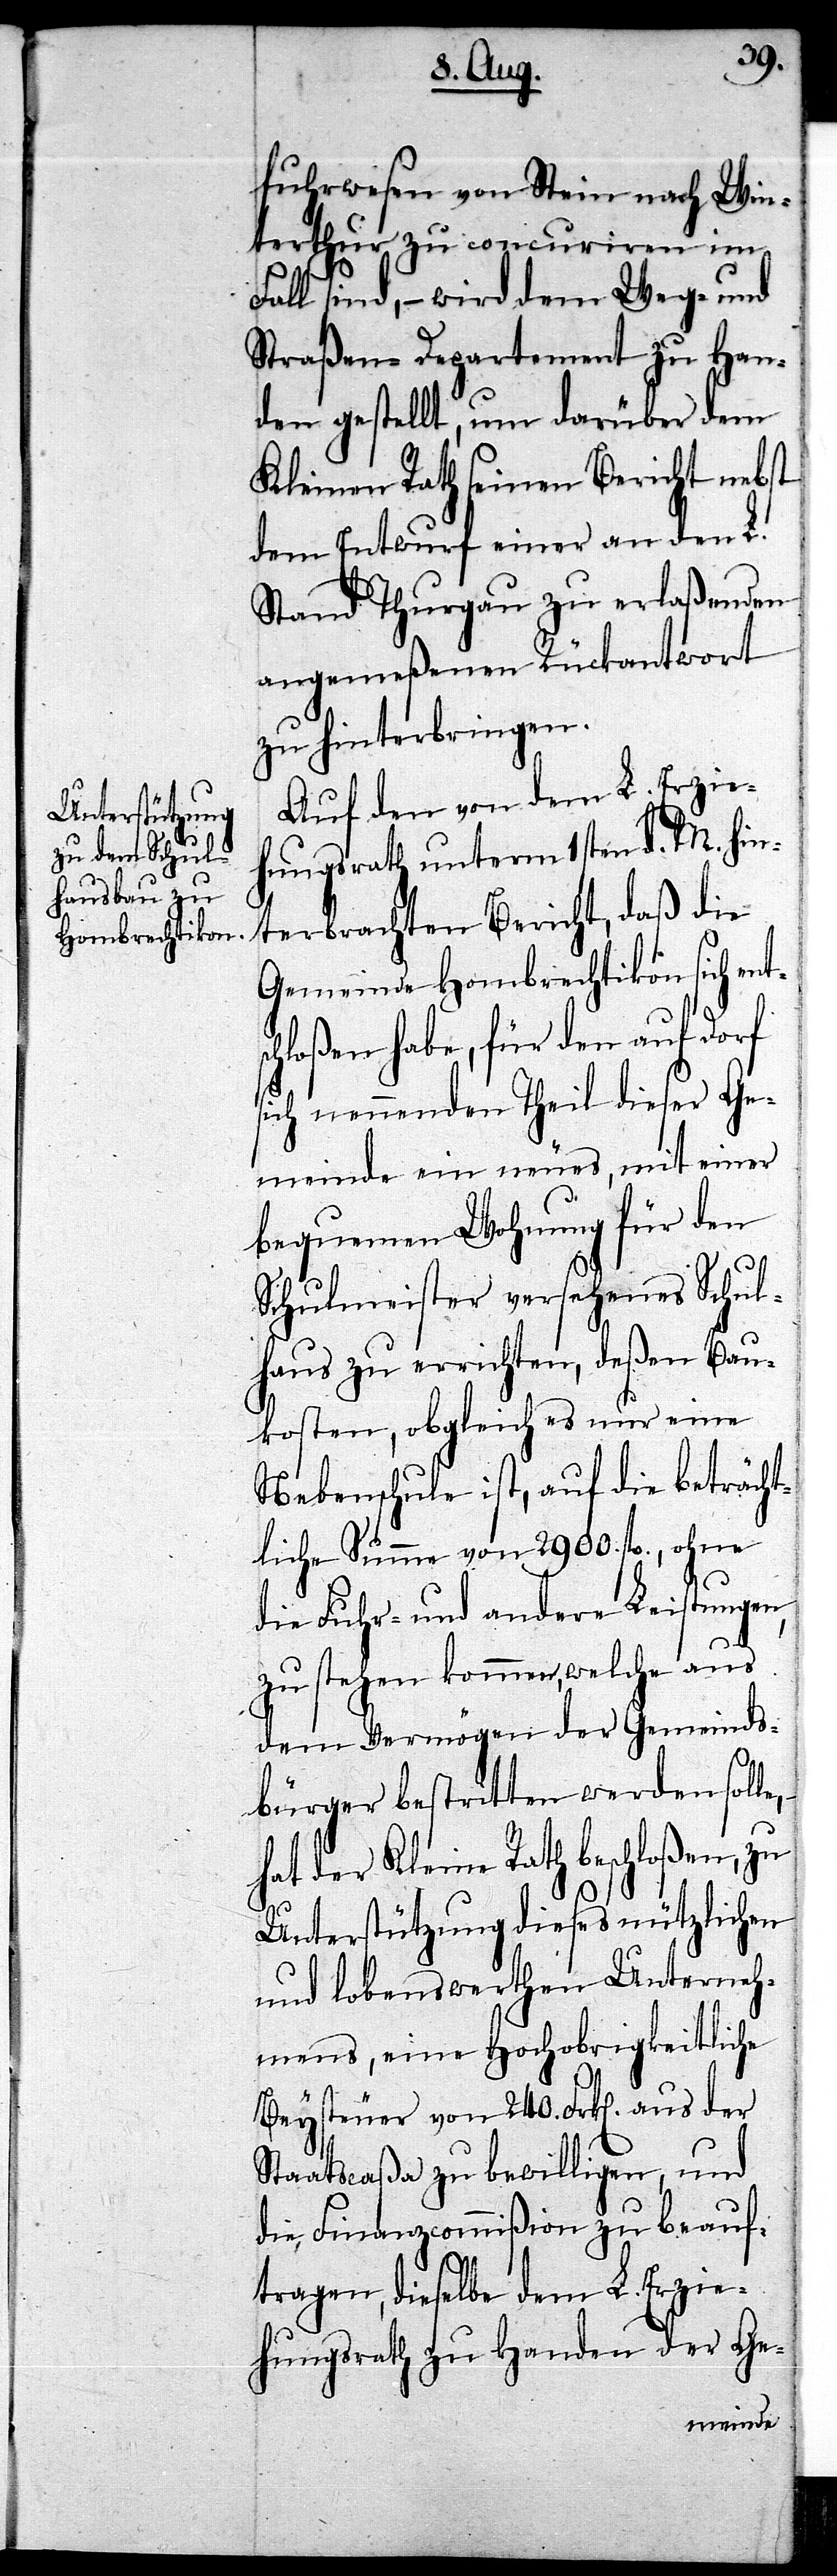
s¬
fuhrwesen von Stein nach Win¬
terthur zu concuriren im
Fall sind, – wird dem Wege- und
Straßen-Departement zu Han¬
den gestellt, um darüber dem
Kleinen Rath seinen Bericht nebst
dem Entwurf einer an den L.
Stand Thurgau zu erlaßenden
angemeßenen Rückantwort
zu hinterbringen.
Auf den von dem L. Erzie¬
hungsrath unterm 1sten d. M. hin¬
terbrachten Bericht, daß die
Gemeinde Hombrechtikon sich ent¬
chloßen habe, für den auf Dorf
sich nennenden Theil dieser Ge¬
meinde ein neues, mit einer
bequemen Wohnung für den
Schulmeister versehenes Schul¬
haus zu errichten, deßen Bau¬
kosten, obgleich es nur eine
Nebenschule ist, auf die beträcht¬
liche Summe von 2900. fl., ohne
die Fuhr- und andere Leistungen,
zu stehen kommen, welche aus
dem Vermögen der Gemeinds¬
bürger bestritten werden solle,
hat der Kleine Rath beschloßen, zu
Unterstützung dieses nützlichen
und lobenswerthen Unterneh¬
mens, eine Hochobrigkeitliche
Beysteuer von 240. Frk[en]. aus der
Staatscaßa zu bewilligen, und
die Finanzcommißion zu beauf¬
tragen, dieselbe dem L. Erzie¬
hungsrathe zu Handen der Ge-